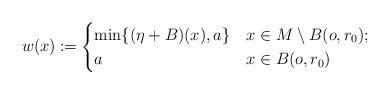
LaTeX: \begin{align*} w(x) \coloneqq \begin{cases} \min\{(\eta + B)(x) , a \} & x\in M \setminus B(o,r_0); \\ a & x\in B(o,r_0) \end{cases} \end{align*}